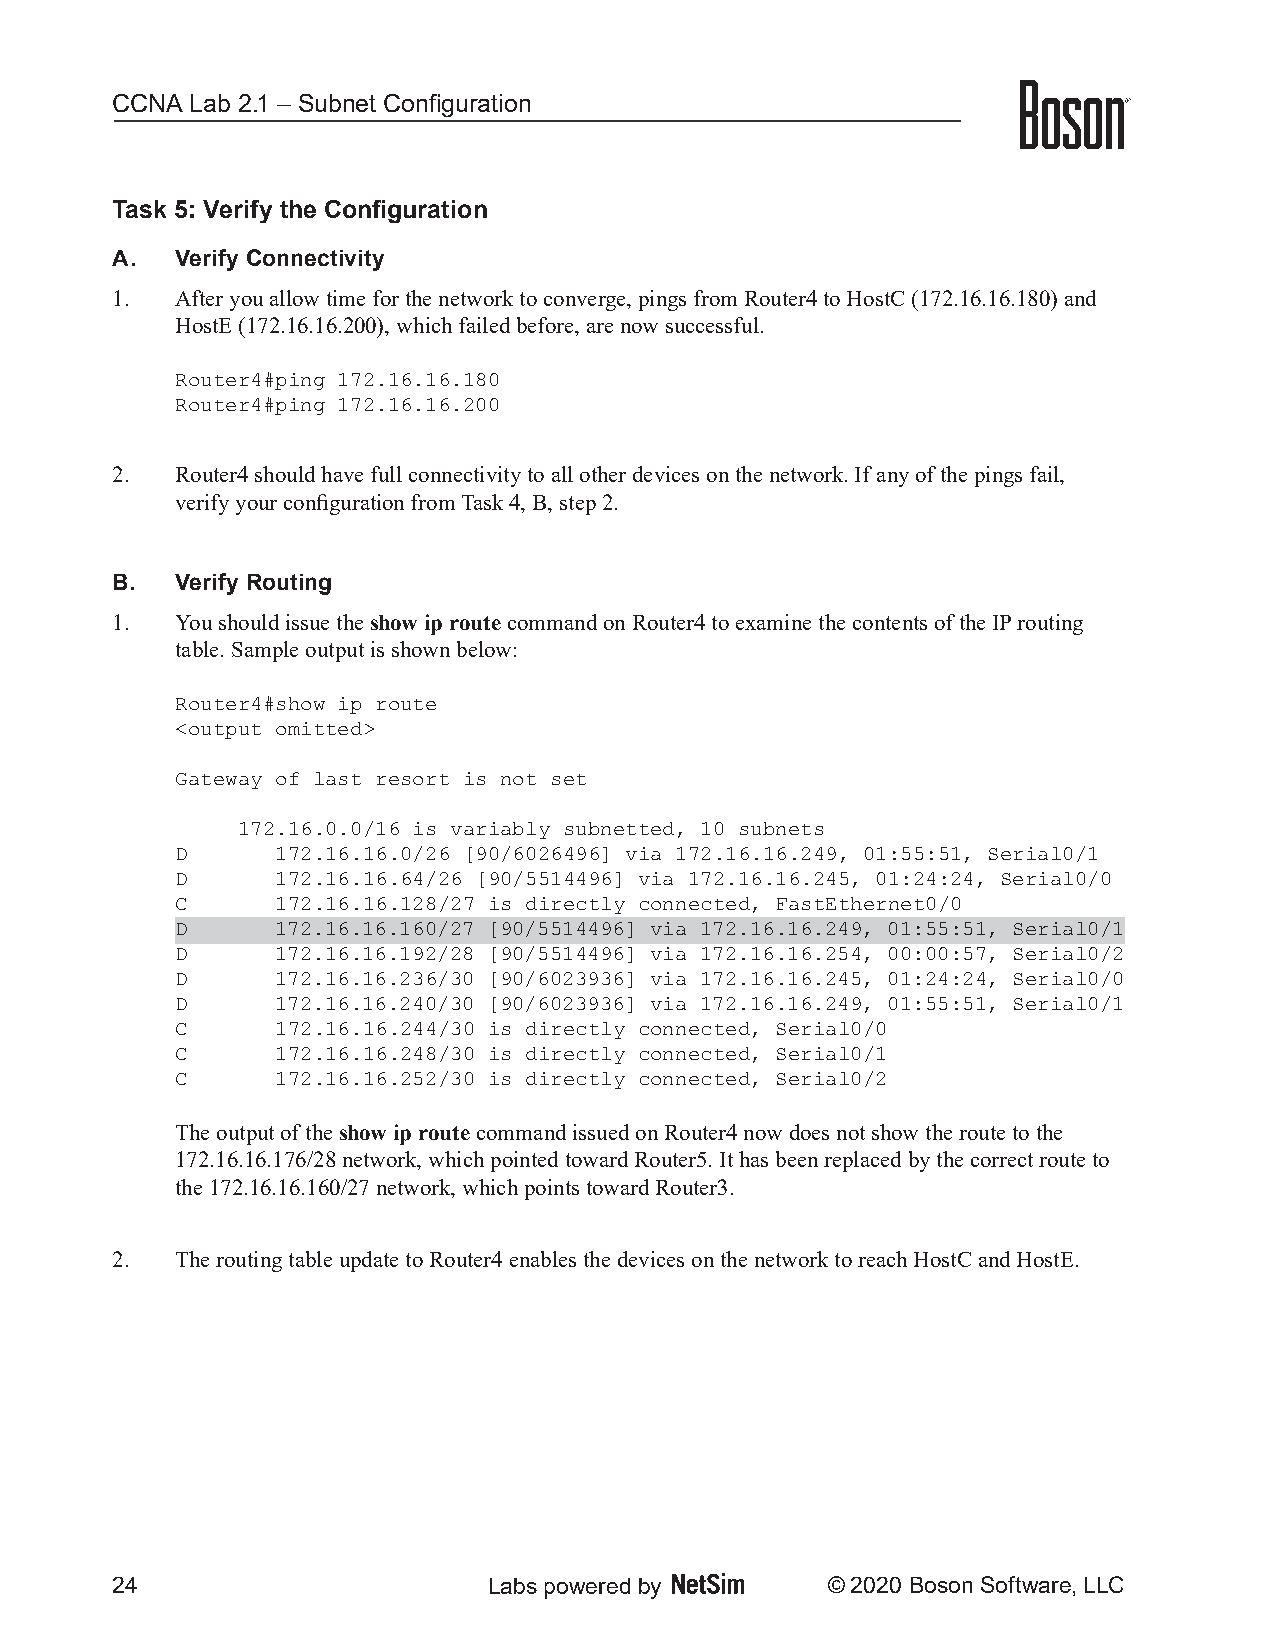
CCNA  Lab 2.1 – Subnet Configuration
 Task 5: Verify the Configuration
 A.   Verify Connectivity
 1.   After you allow time for the network to converge, pings from Router4 to HostC (172.16.16.180) and
 HostE (172.16.16.200), which failed before, are now successful.
 Router4#ping 172.16.16.180
 Router4#ping 172.16.16.200
 2.   Router4 should have full connectivity to all other devices on the network. If any of the pings fail,
 verify your configuration from Task 4, B, step 2.
 B.   Verify Routing
 1.   You should issue the show ip route command on Router4 to examine the contents of the IP routing
 table. Sample output is shown below:
 Router4#show ip route
 <output omitted>
 Gateway of last resort is not set
 172.16.0.0/16 is variably subnetted, 10 subnets
 D     172.16.16.0/26 [90/6026496] via 172.16.16.249, 01:55:51, Serial0/1
 D     172.16.16.64/26 [90/5514496] via 172.16.16.245, 01:24:24, Serial0/0
 C     172.16.16.128/27 is directly connected, FastEthernet0/0
 D     172.16.16.160/27 [90/5514496] via 172.16.16.249, 01:55:51, Serial0/1
 D     172.16.16.192/28 [90/5514496] via 172.16.16.254, 00:00:57, Serial0/2
 D     172.16.16.236/30 [90/6023936] via 172.16.16.245, 01:24:24, Serial0/0
 D     172.16.16.240/30 [90/6023936] via 172.16.16.249, 01:55:51, Serial0/1
 C     172.16.16.244/30 is directly connected, Serial0/0
 C     172.16.16.248/30 is directly connected, Serial0/1
 C     172.16.16.252/30 is directly connected, Serial0/2
 The output of the show ip route command issued on Router4 now does not show the route to the
 172.16.16.176/28 network, which pointed toward Router5. It has been replaced by the correct route to
 the 172.16.16.160/27 network, which points toward Router3.
 2.   The routing table update to Router4 enables the devices on the network to reach HostC and HostE.
 24                       Labs powered by        © 2020 Boson Software, LLC